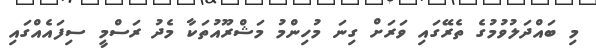
މި ބައްދަލުވުމުގެ ތެރޭގައި ވަރަށް ގިނަ މުހިންމު މަޝްރޫއުތަކާ މެދު ރަސްމީ ސިފައެއްގައި